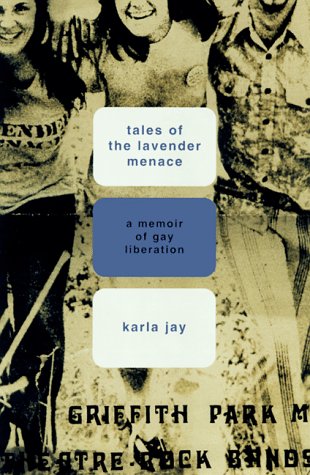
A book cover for Tales Of The Lavender Menace: A Memoir Of Liberation; Karla Jay; Gay & Lesbian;